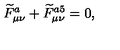
\widetilde { F } _ { \mu \nu } ^ { a } + \widetilde { F } _ { \mu \nu } ^ { a 5 } = 0 ,